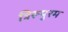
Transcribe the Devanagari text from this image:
त्रिरूपुरम